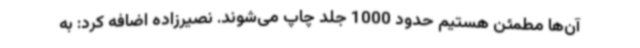
آن‌ها مطمئن هستیم حدود 1000 جلد چاپ می‌شوند. نصیرزاده اضافه کرد: به